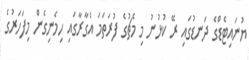
ޔުނައިޓެޑްގެ ދަނޑުގައި ރޭ ކުޅުނު މި މެޗުގެ ފުރަތަމަ އެގާރާގައި ހިމެނިގެން މިފަހަރުގެ